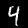
Label: 4